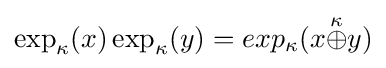
\exp _{\kappa }(x)\exp _{\kappa }(y)=exp_{\kappa }(x{\stackrel {\kappa }{\oplus }}y)